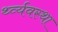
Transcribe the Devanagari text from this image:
र्थ्व्यवस्था